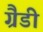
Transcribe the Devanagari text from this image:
ग्रैडी